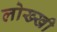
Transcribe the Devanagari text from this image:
लोख्खी